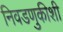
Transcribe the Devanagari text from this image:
निवडणुकीशी